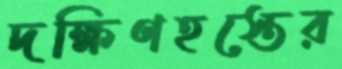
দক্ষিণহস্তের